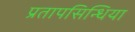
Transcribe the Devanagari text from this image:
प्रतापसिन्धिया